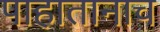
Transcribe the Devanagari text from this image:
पाहातानाच